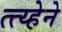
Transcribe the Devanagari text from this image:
त्त्य्हेने